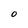
Character: O